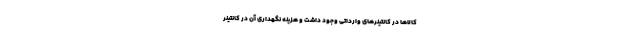
کالاها در کانتینرهای وارداتی وجود داشت و هزینه نگهداری آن در کانتینر